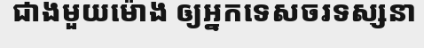
ជាងមួយម៉ោង ឲ្យអ្នកទេសចរទស្សនា